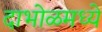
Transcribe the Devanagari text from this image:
दाभोळमध्ये